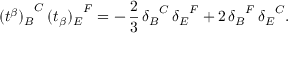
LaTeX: { ( t ^ { \beta } ) _ { B } } ^ { C } \, { ( t _ { \beta } ) _ { E } } ^ { F } = - \, \frac { 2 } { 3 } \, { \delta _ { B } } ^ { C } \, { \delta _ { E } } ^ { F } + 2 \, { \delta _ { B } } ^ { F } \, { \delta _ { E } } ^ { C } .